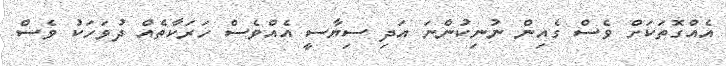
އެއްގޮތަކަށް ވެސް ގެއިން ނުނިކުންނަ އަދި ސިޔާސީ އެއްވެސް ހަރަކާތެއް ދުވަހަކު ވެސް